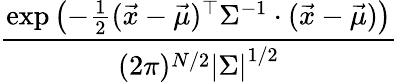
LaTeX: \frac{\exp\left(-{\frac{1}{2}}({\vec{x}}-{\vec{\mu}})^{\top}\Sigma^{-1}\cdot({\vec{x}}-{\vec{\mu}})\right)}{(2\pi)^{N/2}\left|\Sigma\right|^{1/2}}